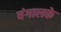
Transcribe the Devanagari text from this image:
बंगालके